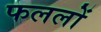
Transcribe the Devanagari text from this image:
फललों